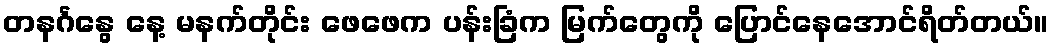
တနင်္ဂနွေ နေ့ မနက်တိုင်း ဖေဖေက ပန်းခြံက မြက်တွေကို ပြောင်နေအောင်ရိတ်တယ်။